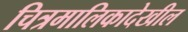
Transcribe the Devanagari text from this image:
चित्रमालिकादेखील